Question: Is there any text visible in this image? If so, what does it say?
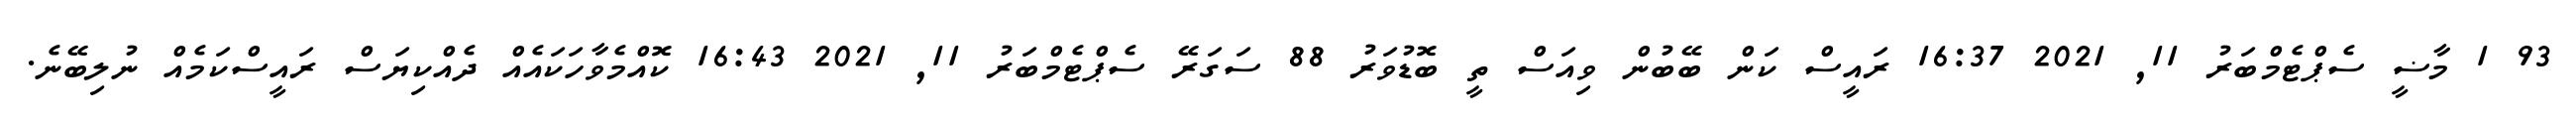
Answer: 93 1 މާޟީ ސެޕްޓެމްބަރު 11, 2021 16:37 ރައީސް ކަން ބޭބުން ވިއަސް ތީ ބޮޑުވަރު 88 ސަގަރޭ ސެޕްޓެމްބަރު 11, 2021 16:43 ކޮއްމެވާހަކައެއް ދެއްކިޔަސް ރައީސްކަމެއް ނުލިބޭނެ.